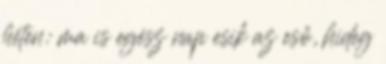
héten: ma is egész nap esik az eső, hideg